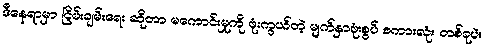
ဒီနေရာမှာ ငြိမ်းချမ်းရေး ဆိုတာ မကောင်းမှုကို ဖုံးကွယ်တဲ့ မျက်နှာဖုံးစွပ် စကားလုံး တစ်ခုပဲ။